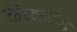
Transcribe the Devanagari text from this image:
कॊंकणि